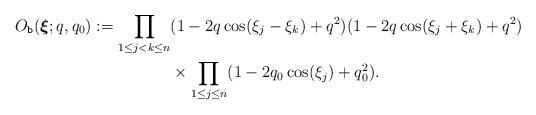
LaTeX: \begin{align*}O_{\texttt{b}}(\boldsymbol{\xi};q,q_0):=\prod_{1\leq j <k\leq n} & (1-2q\cos(\xi_j-\xi_k) +q^2) (1-2q\cos(\xi_j+\xi_k) +q^2) \\&\times \prod_{1\leq j\leq n} (1-2q_0\cos(\xi_j) +q_0^2) .\end{align*}